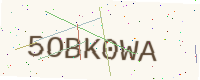
Text: 5OBK0WA